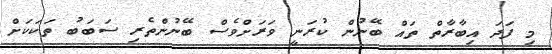
މި ފަދަ އިބާރާތް ތައް ބޭނުން ކުރަނީ ވަރަށްވެސް ބޭނުންތެރި ސަބަބު ތަކަކަށް